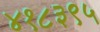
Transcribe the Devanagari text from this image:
४१८३९५